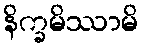
နိက္ခမိဿာမိ